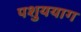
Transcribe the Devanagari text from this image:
पशुययाग